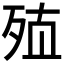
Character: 𰙽